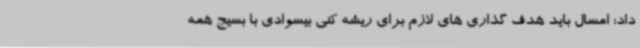
داد: امسال باید هدف گذاری های لازم برای ریشه کنی بیسوادی با بسیج همه